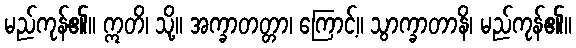
မည်ကုန်၏။ ဣတိ၊ သို့။ အက္ခာတတ္တာ၊ ကြောင့်။ သွာက္ခာတာနိ၊ မည်ကုန်၏။